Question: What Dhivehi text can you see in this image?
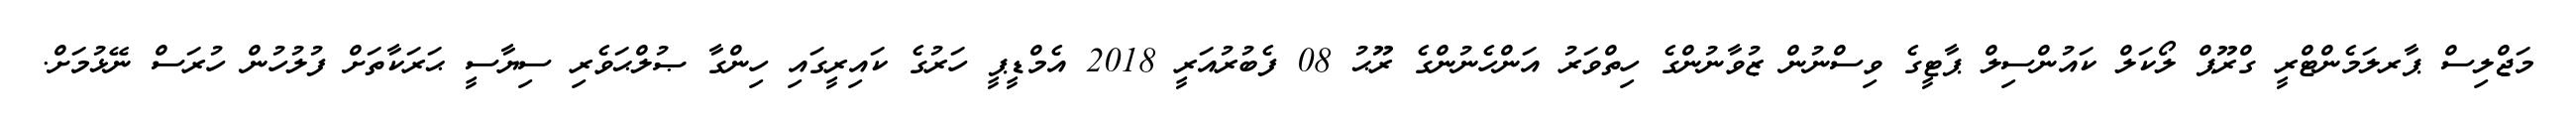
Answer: މަޖްލިސް ޕާރލަމެންޓްރީ ގްރޫޕް ލޯކަލް ކައުންސިލް ޕާޓީގެ ވިސްނުން ޒުވާނުންގެ ހިތްވަރު އަންހެނުންގެ ރޫޙު 08 ފެބުރުއަރީ 2018 އެމްޑީޕީ ހަރުގެ ކައިރީގައި ހިންގާ ޞުލްޙަވެރި ސިޔާސީ ޙަރަކާތަށް ފުލުހުން ހުރަސް ނޭޅުމަށް.